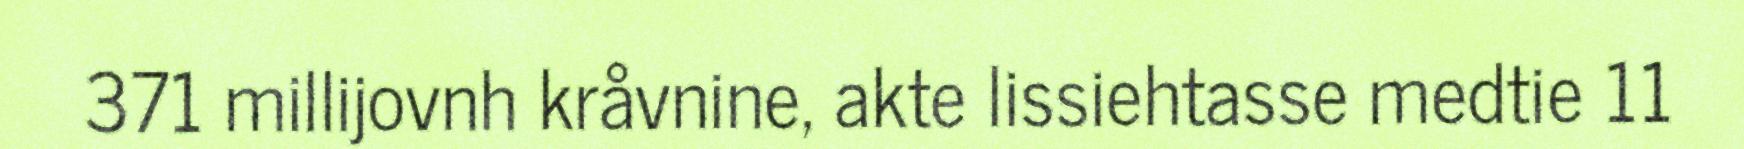
371 millijovnh kråvnine, akte lissiehtasse medtie 11